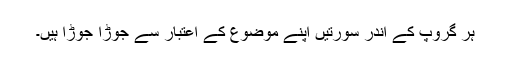
ہر گروپ کے اندر سورتیں اپنے موضوع کے اعتبار سے جوڑا جوڑا ہیں۔